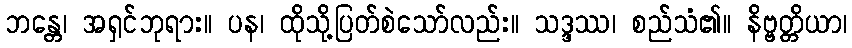
ဘန္တေ၊ အရှင်ဘုရား။ ပန၊ ထိုသို့ပြတ်စဲသော်လည်း။ သဒ္ဒဿ၊ စည်သံ၏။ နိဗ္ဗတ္တိယာ၊